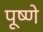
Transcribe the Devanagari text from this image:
पूष्णे